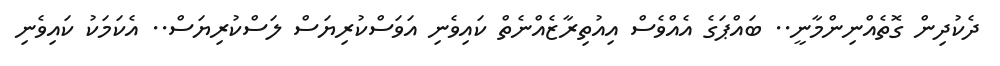
ދެކުދިން ގޮތެއްނިންމާނީ.. ބައްޕަގެ އެއްވެސް އިއުތިރާޒެއްނެތް ކައިވެނި އަވަސްކުރިޔަސް ލަސްކުރިޔަސް.. އެކަމަކު ކައިވެނި